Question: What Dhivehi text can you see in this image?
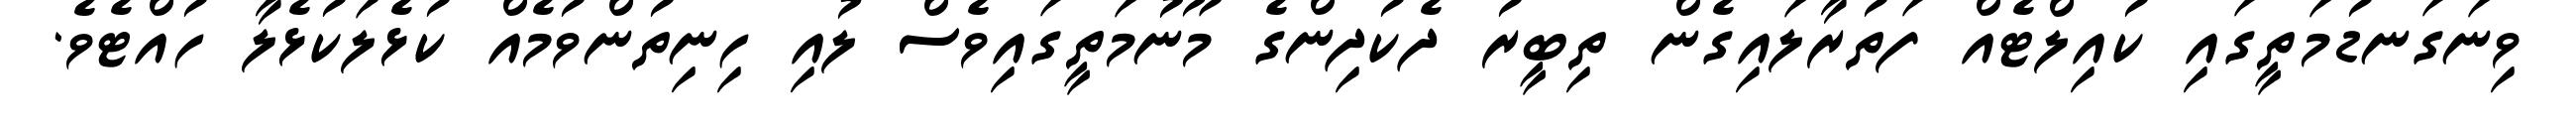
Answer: ވިނަގަނޑުމަތީގައި ކުއިލްޓެއް ފަތުރާލައިގެން ތިބީރު ދެކުދިންގެ މޫނުމަތީގައިވެސް ލުއި ހިނިތުންވުމެއް ކުޅެލަކުޅެލާ ހުއްޓެވެ.